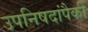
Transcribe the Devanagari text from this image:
उपनिषदांपैकीं